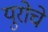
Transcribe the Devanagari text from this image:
युरोचे